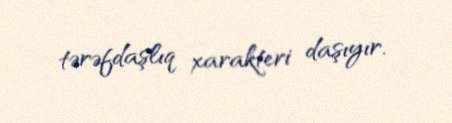
tərəfdaşlıq xarakteri daşıyır.